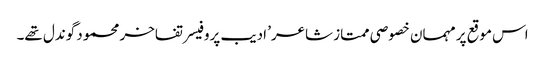
اس موقع پر مہمان خصوصی ممتاز شاعر’ ادیب پروفیسر تفاخر محمود گوندل تھے۔